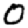
Digit: 0